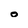
Character: 0